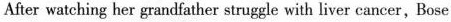
After watching her grandfather struggle with liver cancer, Bose